Mental hospitals Bombay report 1929-33 - 1929-1933
Year: 1929
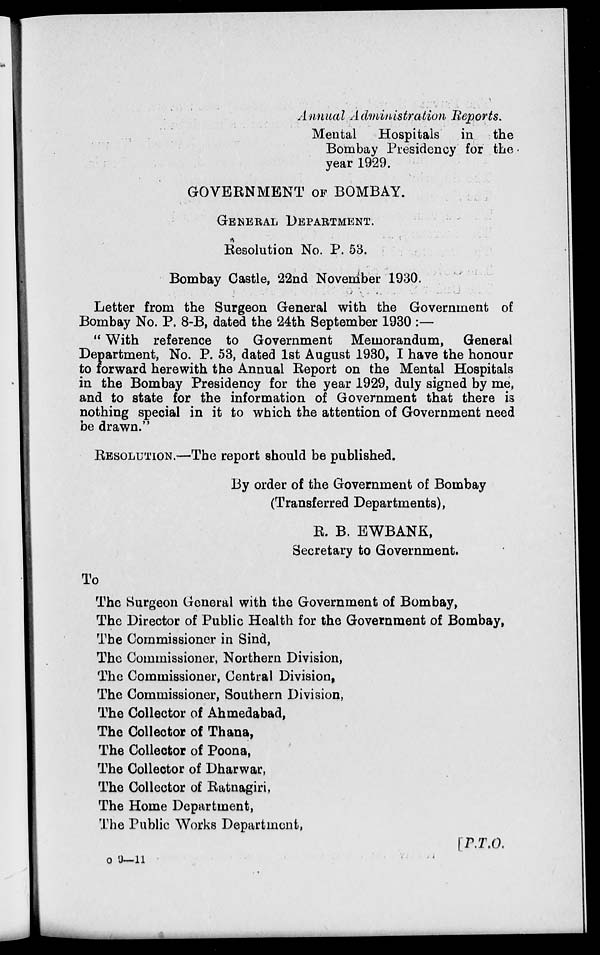
Annual Administration Reports.
Mental
Hospitals
in the
Bombay Presidency for the
year 1929.
GOVERNMENT OF BOMBAY.
GENERAL DEPARTMENT.
Resolution No. P. 53.
Bombay Castle, 22nd November 1930.
Letter from the Surgeon General with the Government of
Bombay No. P. 8-B, dated the 24th September 1930 :—
" With reference to Government Memorandum, General
Department, No. P. 53, dated 1st August 1930, I have the honour
to forward herewith the Annual Report on the Mental Hospitals
in the Bombay Presidency for the year 1929, duly signed by me,
and to state for the information of Government that there is
nothing special in it to which the attention of Government need
be drawn."
RESOLUTION.—The report should be published.
By order of the Government of Bombay
(Transferred Departments),
R. B. EWBANK,
Secretary to Government.
To
The Surgeon General with the Government of Bombay,
The Director of Public Health for the Government of Bombay,
The Commissioner in Sind,
The Commissioner, Northern Division,
The Commissioner, Central Division,
The Commissioner, Southern Division,
The Collector of Ahmedabad,
The Collector of Thana,
The Collector of Poona,
The Collector of Dharwar,
The Collector of Ratnagiri,
The Home Department,
The Public Works Department,
[P.T.O.
o 9—11